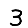
Digit: 3